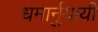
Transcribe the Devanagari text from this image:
धमार्नुयायी